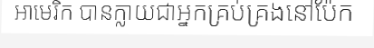
អាមេរិក បានក្លាយជាអ្នកគ្រប់គ្រងនៅប៉ែក